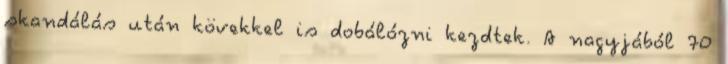
skandálás után kövekkel is dobálózni kezdtek. A nagyjából 70